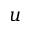
u